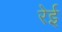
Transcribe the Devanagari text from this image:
रेई